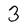
Character: 3